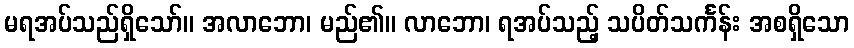
မရအပ်သည်ရှိသော်။ အလာဘော၊ မည်၏။ လာဘော၊ ရအပ်သည့် သပိတ်သင်္ကန်း အစရှိသော